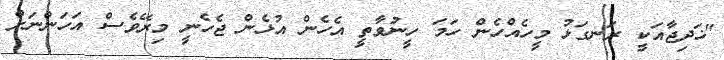
"ޚަދިޖާއަކީ ރަނގަޅު މީހެއްހެން ހަމަ ހީނުވާތީ އެހެން އުޅެން ޖެހެނީ މިރޭވެސް އަހަންނަށް